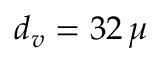
d _ { v } = 3 2 \, \mu